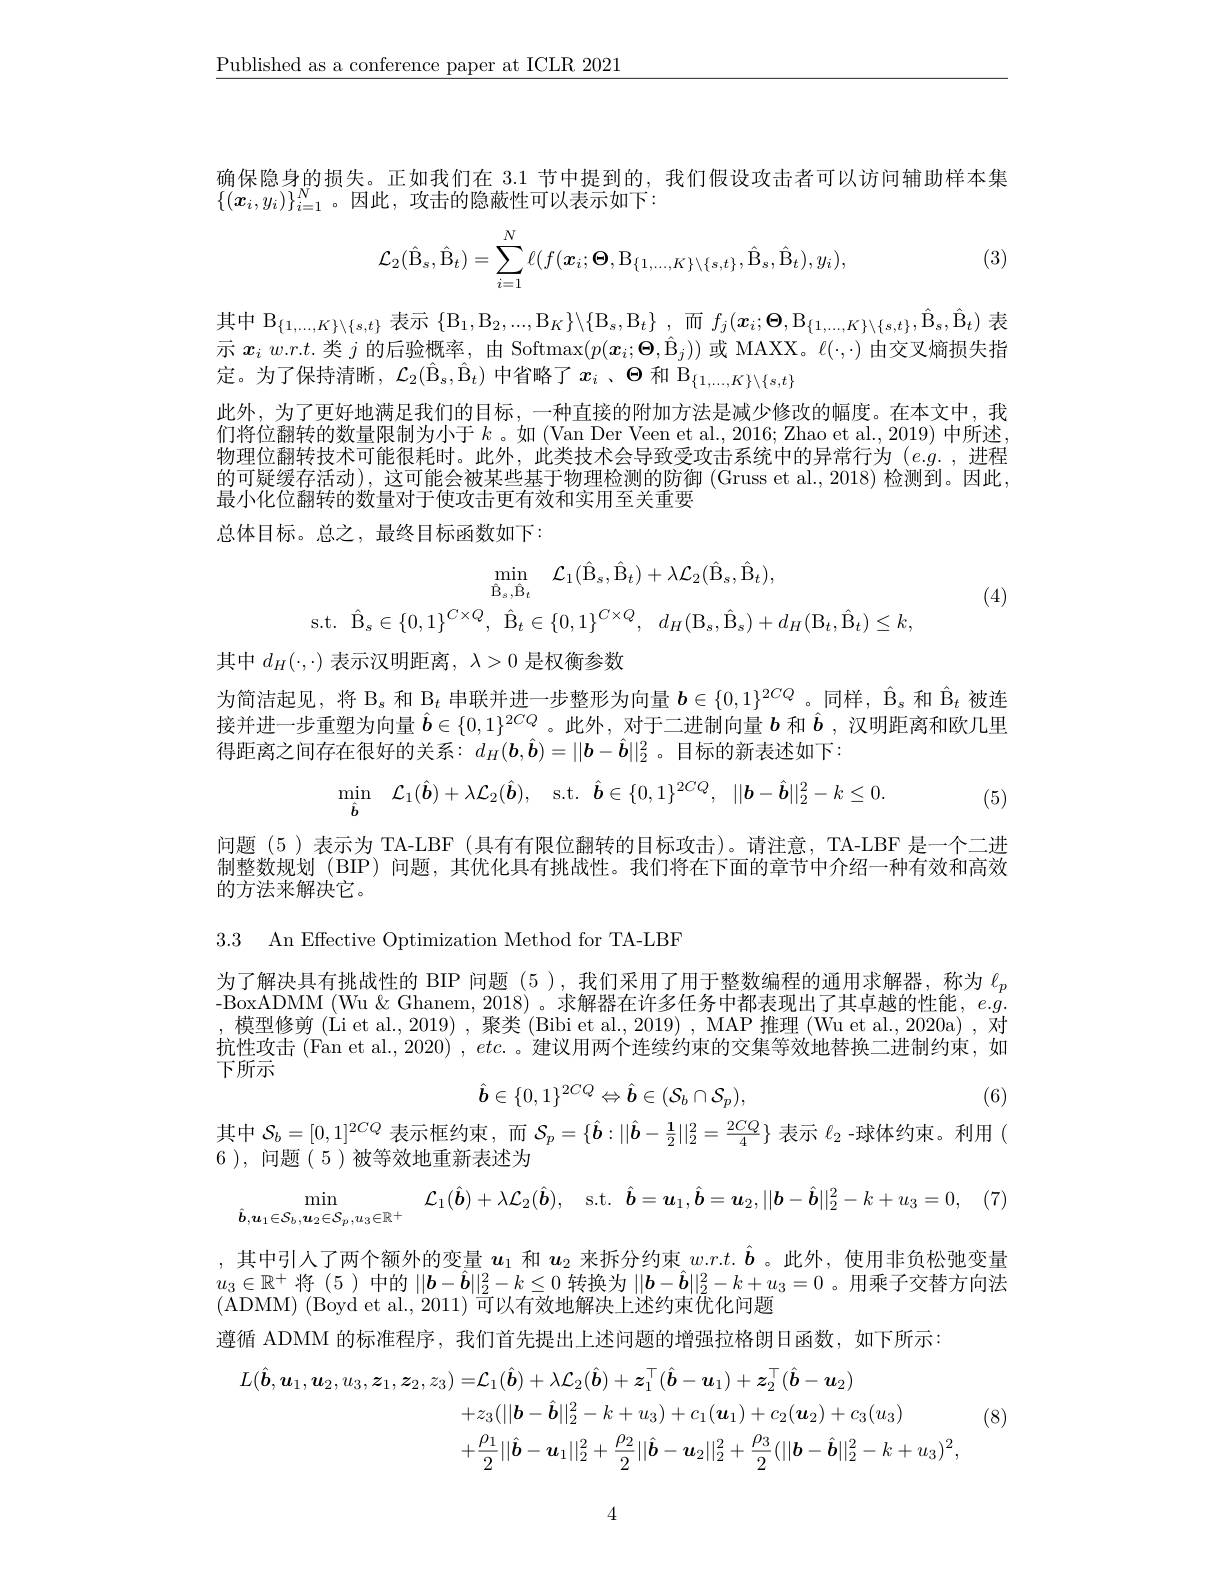
$\underline{\text{Published as a conference paper at ICLR 2021}}$

确保隐身的损失。正如我们在 3.1 节中提到的，我们假设攻击者可以访问辅助样本集
$\{(\boldsymbol{x}_i,y_i)\}_{i=1}^N$。因此，攻击的隐蔽性可以表示如下：

(3)
$$\mathcal{L}_{2}(\hat{\mathrm{B}}_{s},\hat{\mathrm{B}}_{t})=\sum_{i=1}^{N}\ell(f(\boldsymbol{x}_{i};\boldsymbol{\Theta},\mathrm{B}_{\{1,...,K\}\setminus\{s,t\}},\hat{\mathrm{B}}_{s},\hat{\mathrm{B}}_{t}),y_{i}),$$
其中$\mathcal{B}_\{1,...,K\}\backslash\{s,t\}$表示$\{ \mathcal{B} _1, \mathcal{B} _2, . . . , \mathcal{B} _K\} \backslash \{ \mathcal{B} _s, \mathcal{B} _t\}$ ,而$f_j(\boldsymbol{x}_i;\boldsymbol{\Theta},\mathcal{B}_{\{1,...,K\}\setminus\{s,t\}},\hat{\mathcal{B}}_s,\hat{\mathcal{B}}_t)$表示$\boldsymbol{x}_iw.rt.$类$j$的后验概率，由 Softmax$(p(\boldsymbol{x}_i;\boldsymbol{\Theta}_j))$或 MAXX。$\ell(\cdot,\cdot)$由交叉熵损失指定。为了保持清晰，$\mathcal{L}_2(\hat{\mathcal{B}}_s,\hat{\mathcal{B}}_t)$中省略了$x_i$ 、$\Theta$和$\mathcal{B}_\{1,\ldots,K\}\backslash\{s,t\}$
此外，为了更好地满足我们的目标，一种直接的附加方法是减少修改的幅度。在本文中，我们将位翻转的数量限制为小于$k$。如 (Van Der Veen et al., 2016; Zhao et al., 2019) 中所述物理位翻转技术可能很耗时。此外，此类技术会导致受攻击系统中的异常行为(e.g.,进程的可疑缓存活动),这可能会被某些基于物理检测的防御(Gruss et al.,2018)检测到。因此， 最小化位翻转的数量对于使攻击更有效和实用至关重要
总体目标。总之，最终目标函数如下：
$$\operatorname*{min}_{\hat{\mathrm{B}}_{s},\hat{\mathrm{B}}_{t}}\quad\mathcal{L}_{1}(\hat{\mathrm{B}}_{s},\hat{\mathrm{B}}_{t})+\lambda\mathcal{L}_{2}(\hat{\mathrm{B}}_{s},\hat{\mathrm{B}}_{t}),\\\mathrm{s.t.}\:\hat{\mathrm{B}}_{s}\in\{0,1\}^{C\times Q},\:\hat{\mathrm{B}}_{t}\in\{0,1\}^{C\times Q},\:d_{H}(\mathrm{B}_{s},\hat{\mathrm{B}}_{s})+d_{H}(\mathrm{B}_{t},\hat{\mathrm{B}}_{t})\leq k,$$
(4)

其中$d_H(\cdot,\cdot)$表示汉明距离$,\lambda>0$是权衡参数

为简洁起见，将$\mathcal{B}_s$和$\mathcal{B}_t$串联并进一步整形为向量$\boldsymbol b\in\{0,1\}^2CQ$ 。同样，$\hat{\mathcal{B}}_s$和$\hat{\mathcal{B}}_t$被连接并进一步重塑为向量$\hat{\boldsymbol{b}}\in\{0,1\}^{2CQ}$ 。此外，对于二进制向量$b$和$\hat{\boldsymbol{b}}$,汉明距离和欧几里得距离之间存在很好的关系：$d_H(\boldsymbol{b},\hat{\boldsymbol{b}})=||\boldsymbol{b}-\hat{\boldsymbol{b}}||_2^2$。目标的新表述如下：
$$\begin{array}{cccc}\min\limits_{\hat{\boldsymbol{b}}}&\mathcal{L}_{1}(\hat{\boldsymbol{b}})+\lambda\mathcal{L}_{2}(\hat{\boldsymbol{b}}),&\mathrm{s.t.}&\hat{\boldsymbol{b}}\in\{0,1\}^{2CQ},&||\boldsymbol{b}-\hat{\boldsymbol{b}}||_{2}^{2}-k\leq0.\end{array}$$
(5)

问题(5)表示为 TA-LBF (具有有限位翻转的目标攻击)。请注意，TA-LBF 是一个二进制整数规划(BIP)问题，其优化具有挑战性。我们将在下面的章节中介绍一种有效和高效的方法来解决它。

3.3 An Effective Optimization Method for TA-LBF

为了解决具有挑战性的 BIP 问题(5),我们采用了用于整数编程的通用求解器，称为$\ell_p$ BoxADMM (Wu&Ghanem,2018)。求解器在许多任务中都表现出了其卓越的性能，$e.g$ ,模型修剪 (Li et al., 2019) , 聚类 (Bibi et al., 2019) , MAP 推理 (Wu et al., 2020a) , 对抗性攻击 (Fan et al., 2020) , etc.。建议用两个连续约束的交集等效地替换二进制约束，如下所示
$$\hat{b}\in\{0,1\}^{2CQ}\Leftrightarrow\hat{b}\in(\mathcal{S}_{b}\cap\mathcal{S}_{p}),$$
(6)

其中$\mathcal{S}_b=[0,1]^{2CQ}$表示框约束，而$\mathcal{S}_p=\{\hat{\boldsymbol{b}}:||\hat{\boldsymbol{b}}-\frac12||_2^2=\frac{2CQ}4\}$表示$\ell_2$ -球体约束。利用 (
6 ), 问题(5)被等效地重新表述为
$$\min_{\hat{\boldsymbol{b}},\boldsymbol{u}_{1}\in\mathcal{S}_{b},\boldsymbol{u}_{2}\in\mathcal{S}_{p},u_{3}\in\mathbb{R}^{+}}\quad\mathcal{L}_{1}(\hat{\boldsymbol{b}})+\lambda\mathcal{L}_{2}(\hat{\boldsymbol{b}}),\quad\mathrm{s.t.}\:\hat{\boldsymbol{b}}=\boldsymbol{u}_{1},\hat{\boldsymbol{b}}=\boldsymbol{u}_{2},||\boldsymbol{b}-\hat{\boldsymbol{b}}||_{2}^{2}-k+u_{3}=0,$$
,其中引入了两个额外的变量$u_1$和$u_2$来拆分约束$w.r.t.\hat{\boldsymbol{b}}$ 。此外，使用非负松弛变量$u_3\in\mathbb{R}^+$将 (5 )中的$||\boldsymbol b-\hat{\boldsymbol{b}}||_2^2-k\leq0$转换为$||\boldsymbol b-\hat{\boldsymbol{b}}||_2^2-k+u_3=0$ 。用乘子交替方向法(ADMM) (Boyd et al., 2011) 可以有效地解决上述约束优化问题
遵循 ADMM 的标准程序，我们首先提出上述问题的增强拉格朗日函数，如下所示：
$$\begin{aligned}L(\hat{\boldsymbol{b}},\boldsymbol{u}_{1},\boldsymbol{u}_{2},u_{3},\boldsymbol{z}_{1},\boldsymbol{z}_{2},z_{3})=&\mathcal{L}_{1}(\hat{\boldsymbol{b}})+\lambda\mathcal{L}_{2}(\hat{\boldsymbol{b}})+\boldsymbol{z}_{1}^{\top}(\hat{\boldsymbol{b}}-\boldsymbol{u}_{1})+\boldsymbol{z}_{2}^{\top}(\hat{\boldsymbol{b}}-\boldsymbol{u}_{2})\\&+z_{3}(||\boldsymbol{b}-\hat{\boldsymbol{b}}||_{2}^{2}-k+u_{3})+c_{1}(\boldsymbol{u}_{1})+c_{2}(\boldsymbol{u}_{2})+c_{3}(u_{3})\\&+\frac{\rho_{1}}{2}||\hat{\boldsymbol{b}}-\boldsymbol{u}_{1}||_{2}^{2}+\frac{\rho_{2}}{2}||\hat{\boldsymbol{b}}-\boldsymbol{u}_{2}||_{2}^{2}+\frac{\rho_{3}}{2}(||\boldsymbol{b}-\hat{\boldsymbol{b}}||_{2}^{2}-k+u_{3})^{2},\end{aligned}$$
(8)

4